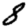
Digit: 8